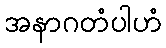
အနာဂတံပါဟံ